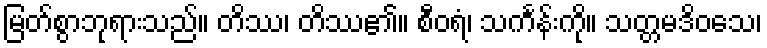
မြတ်စွာဘုရားသည်။ တိဿ၊ တိဿ၏။ စီဝရံ၊ သင်္ကန်းကို။ သတ္တမဒိဝသေ၊